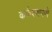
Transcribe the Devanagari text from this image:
कर्कश्शपणे